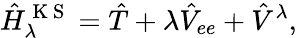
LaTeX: \hat{H}_{\lambda}^{\mathrm{~K~S~}}=\hat{T}+\lambda\hat{V}_{ee}+\hat{V}^{\lambda},